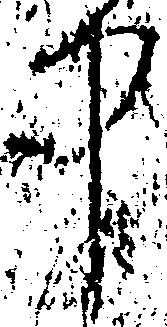
中